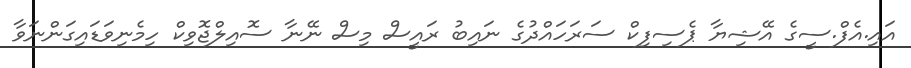
އައި.އެފް.ސީގެ އޭޝިޔާ ޕެސިފިކް ސަރަހައްދުގެ ނައިބު ރައީސް މިސް ނޭނާ ސޮއިލްޖޮވިކް ހިމެނިވަޑައިގަންނަވާ